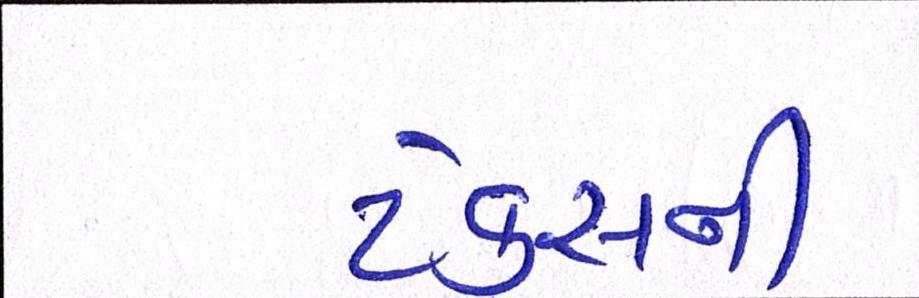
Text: ટેકસની